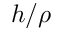
h / \rho